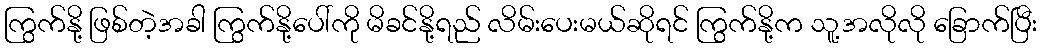
ကြွက်နို့ ဖြစ်တဲ့အခါ ကြွက်နို့ပေါ်ကို မိခင်နို့ရည် လိမ်းပေးမယ်ဆိုရင် ကြွက်နို့က သူ့အလိုလို ခြောက်ပြီး